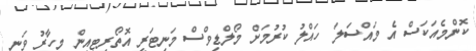
ކޮންމެއަކަސް އެ މައްސަލަ ހައްލު ކުރުމަށް މޯލްޑިވްސް މަނިޓަރީ އޮތޯރިޓީއިން މިހާރު ވަނީ